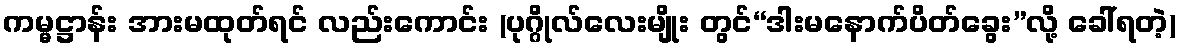
ကမ္မဋ္ဌာန်း အားမထုတ်ရင် လည်းကောင်း (ပုဂ္ဂိုလ်လေးမျိုး တွင်“ဒါးမနောက်ပိတ်ခွေး”လို့ ခေါ်ရတဲ့)